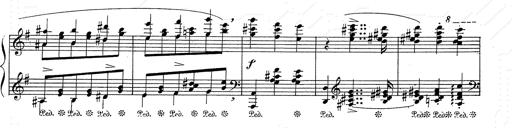
Title: 6 Polish Songs
Composer: Franz Liszt